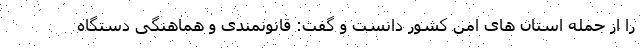
را از جمله استان های امن کشور دانست و گفت: قانونمندی و هماهنگی دستگاه